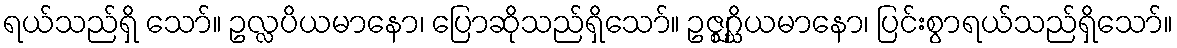
ရယ်သည်ရှိ သော်။ ဥလ္လပိယမာနော၊ ပြောဆိုသည်ရှိသော်။ ဥဇ္ဈဂ္ဃိယမာနော၊ ပြင်းစွာရယ်သည်ရှိသော်။